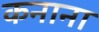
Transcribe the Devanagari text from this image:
कनाना